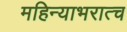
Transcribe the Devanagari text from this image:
महिन्याभरात्च